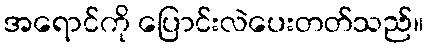
အရောင်ကို ပြောင်းလဲပေးတတ်သည်။